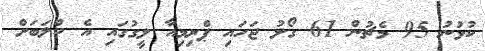
ކުޅުނު 95 މެޗުން 61 ގޯލު ޖަހައި ޕްރިމިއާ ލީގުގައި އެ ކްލަބަށް